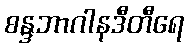
စန္ဒဘာဂါနဒီတီရေ